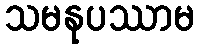
သမနုပဿာမ